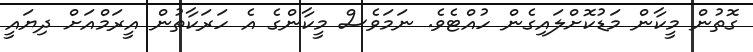
ގޮތުން މީކާން މަޑުކޮށްލައިގެން ހުއްޓެވެ. ނަމަވެސް މީކާންގެ އެ ހަރަކާތުން އީރަމްއަށް ދިޔައީ